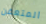
المتعفن